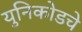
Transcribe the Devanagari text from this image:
युनिकोडचे